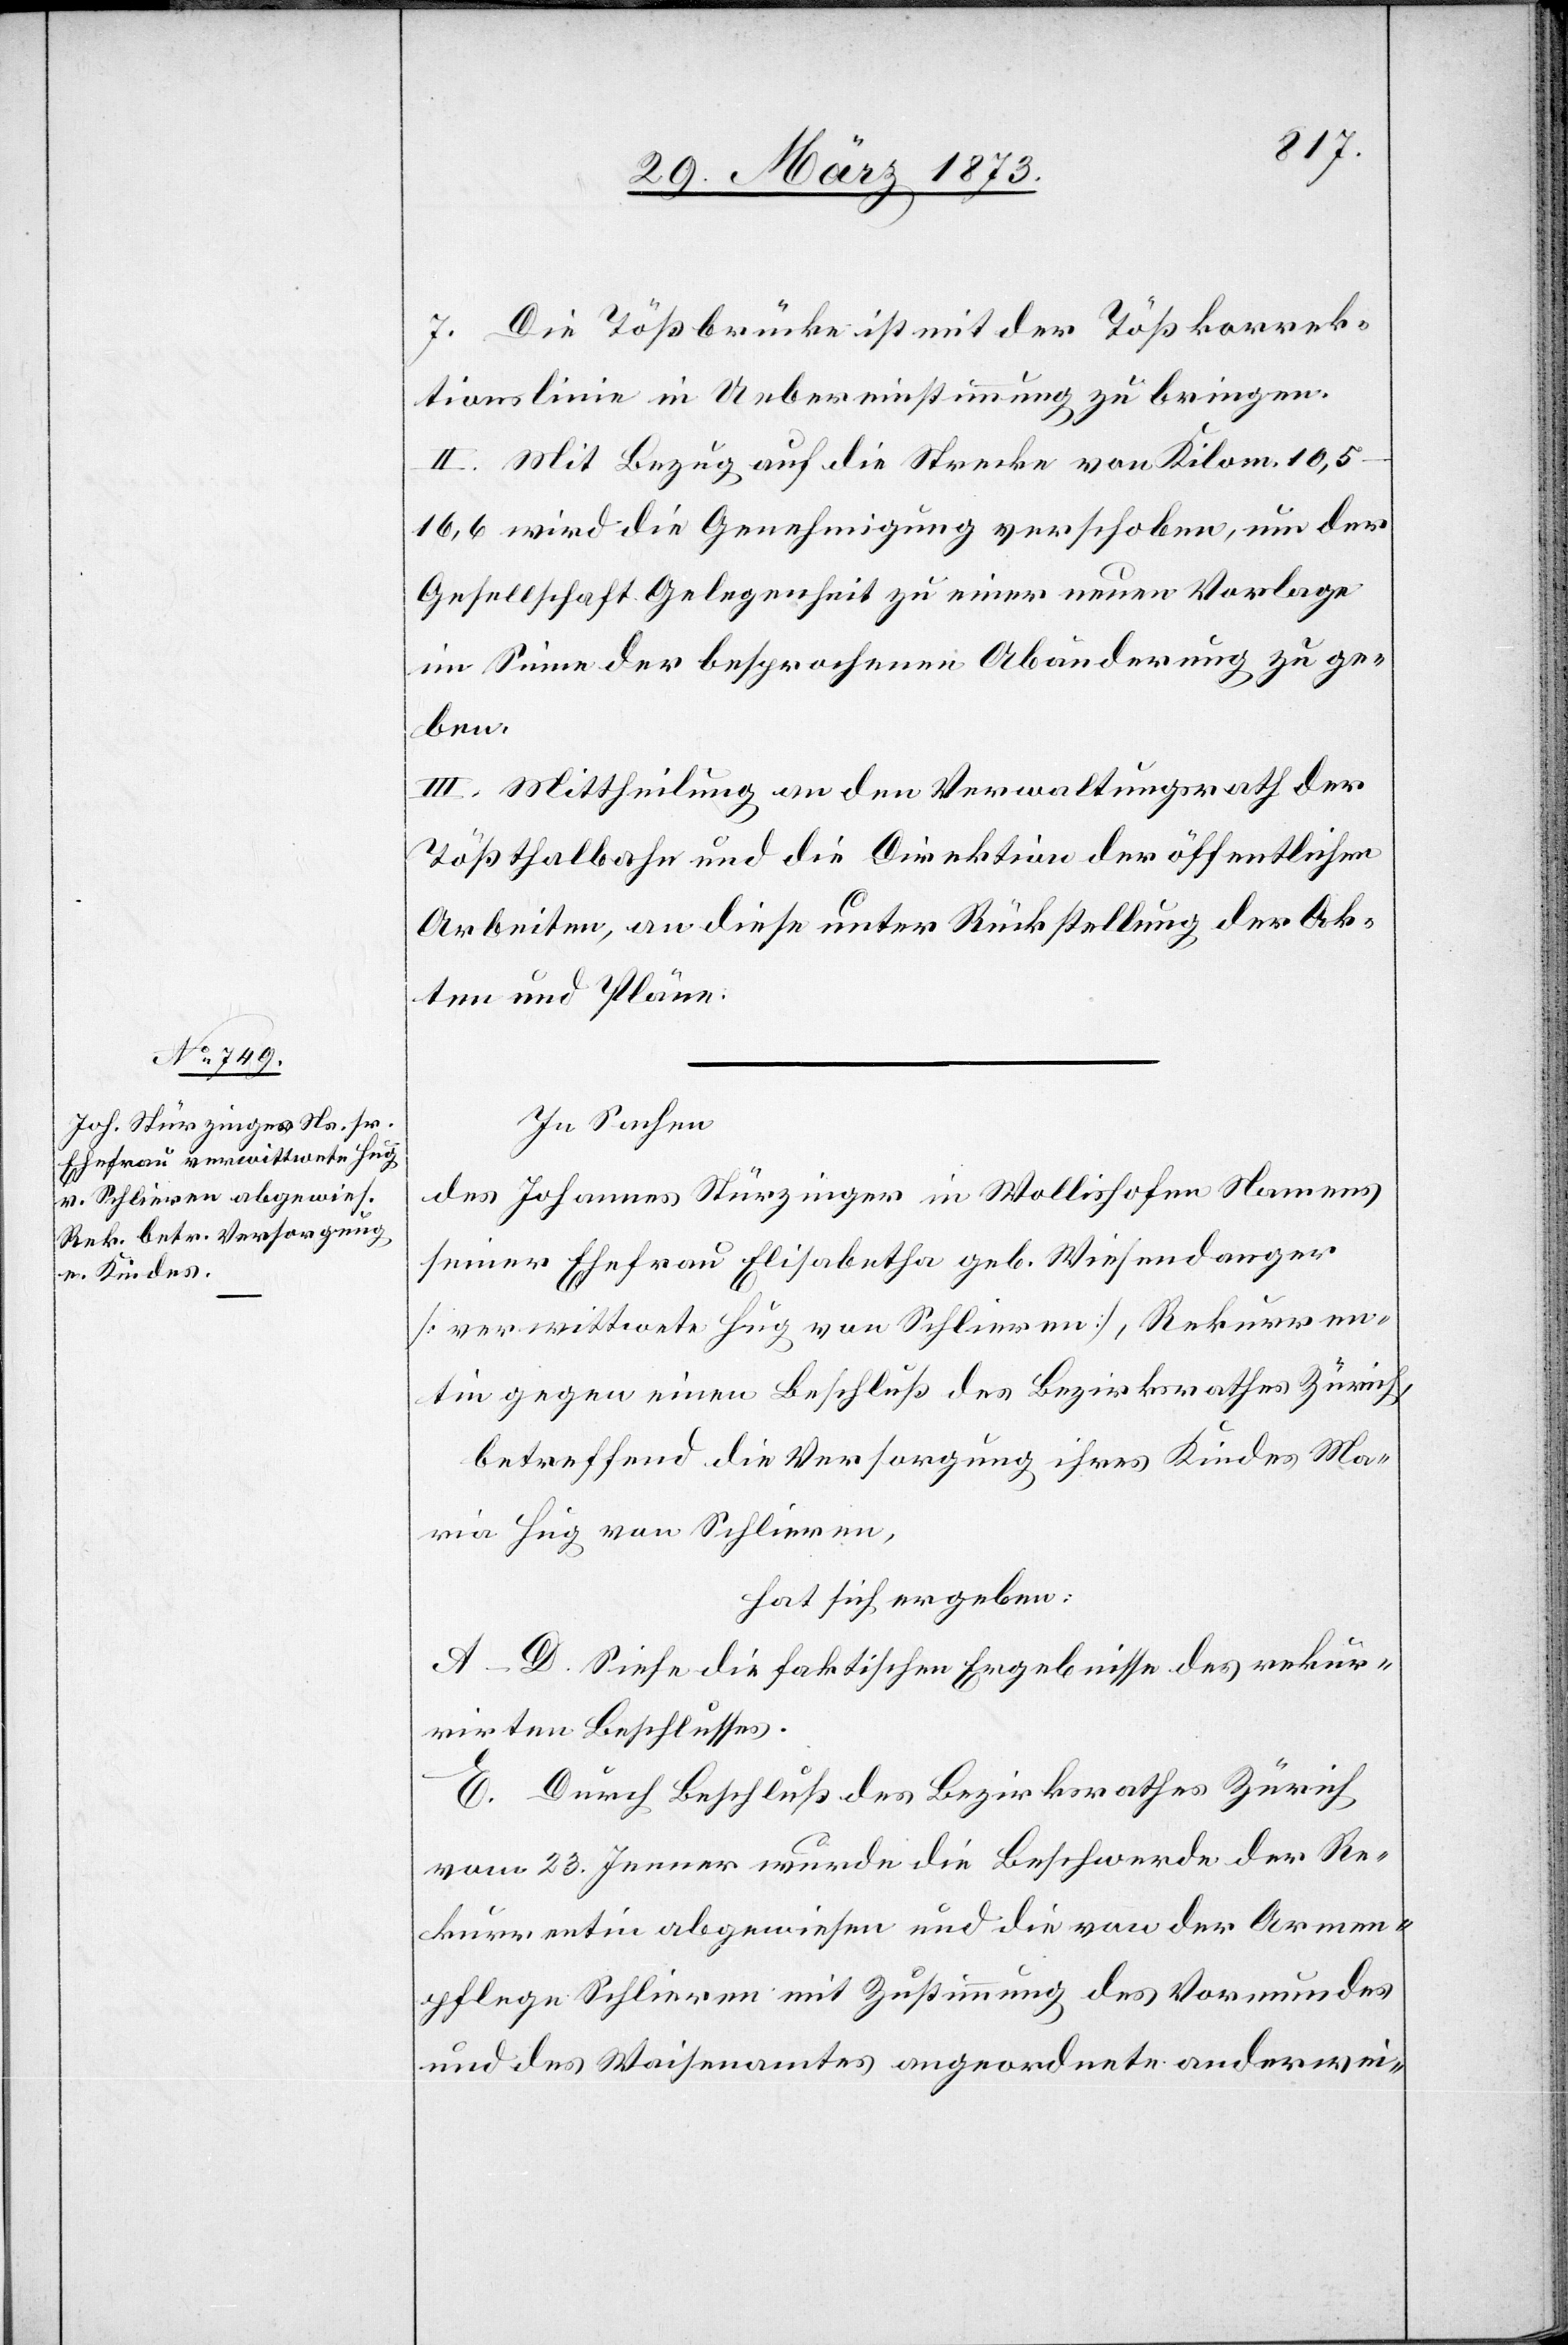
7. Die Tößbrücke ist mit der Tößkorrek¬
tionslinie in Uebereinstimmung zu bringen.
II. Mit Bezug auf die Strecke von Kilom.
10,5–16,6 wird die Genehmigung verschoben, um der
Gesellschaft Gelegenheit zu einer neuen Vorlage
im Sinne der besprochenen Abänderung zu ge¬
ben.
III. Mittheilung an den Verwaltungsrath der
Tößthalbahn und die Direktion der öffentlichen
Arbeiten, an diese unter Rückstellung der Ak¬
ten und Pläne.
In Sachen
des Johannes Stürzinger in Wollishofen Namens
seiner Ehefrau Elisabetha geb. Wiesendanger
[verwittwete Hug von Schlieren], Rekurren¬
tin gegen einen Beschluß des Bezirksrathes Zürich,
betreffend die Versammlung ihres Kindes Ma¬
ria Hug von Schlieren,
hat sich ergeben:
A–D. Siehe die faktischen Ergebnisse des rekur¬
rirten Beschlusses.
E. Durch Beschluss des Bezirksrathes Zürich
vom 23. Jenner wurde die Beschwerde der Re¬
kurrentin abgewiesen und die von der Armen¬
pflege Schlieren mit Zustimmung des Vormundes
und des Waisenamtes angeordnete anderwei-